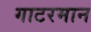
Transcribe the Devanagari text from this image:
गाटरमान